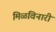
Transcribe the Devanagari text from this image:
मिळविनारी